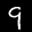
Label: 9